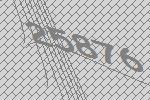
25876